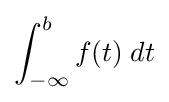
\int _{-\infty }^{b}f(t)\;dt